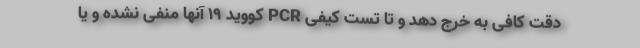
دقت کافی به خرج دهد و تا تست کیفی PCR کووید ۱۹ آنها منفی نشده و یا